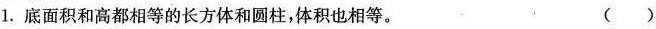
1.底面积和高都相等的长方体和圆柱，体积也相等。 ()